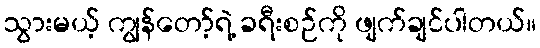
သွားမယ့် ကျွန်တော့်ရဲ့ ခရီးစဉ်ကို ဖျက်ချင်ပါတယ်။